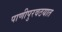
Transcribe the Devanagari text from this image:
पाणीपुरवठयात